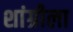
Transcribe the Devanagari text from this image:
शांग्रीला